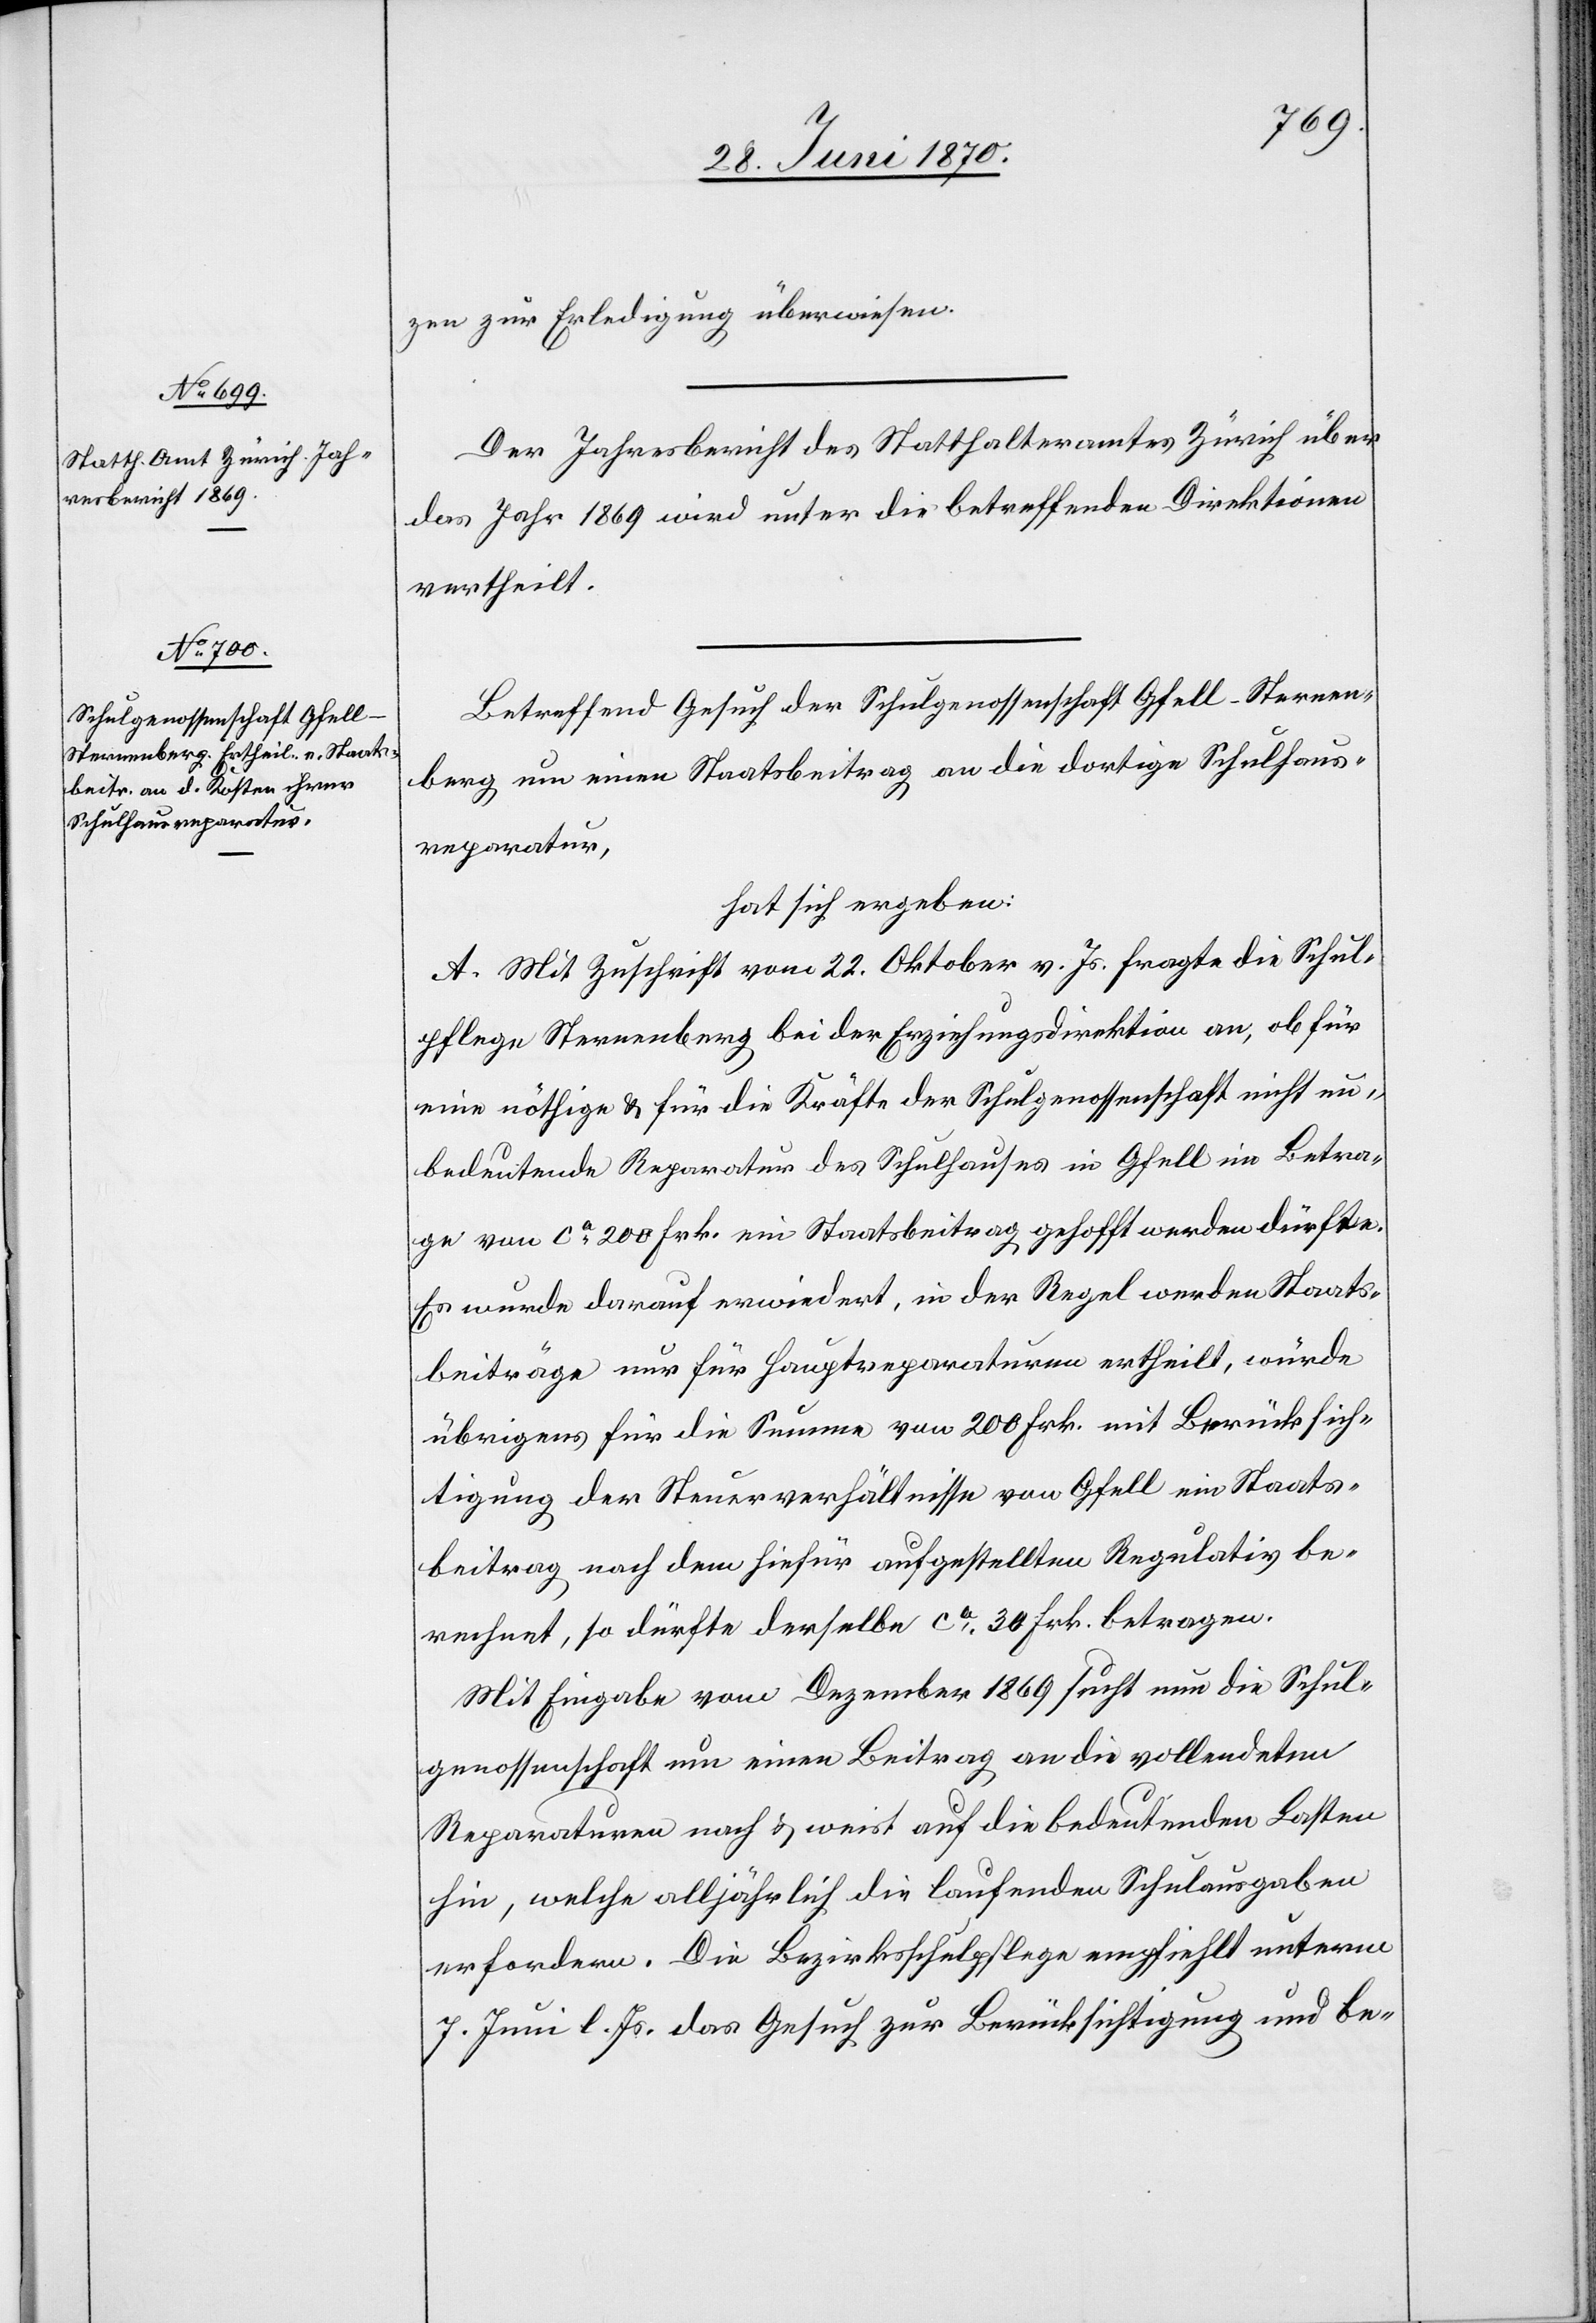
zen zur Erledigung überwiesen.
Der Jahresbericht des Statthalteramtes Zürich über
das Jahr 1869 wird unter die betreffenden Direktionen
ertheilt.
Betreffend Gesuch der Schulgenossenschaft Gfell-Sternen¬
berg um einen Staatsbeitrag an die dortige Schulhaus¬
reparatur,
hat sich ergeben:
A. Mit Zuschrift vom 22. Oktober vor. Js. fragte die Schul¬
pflege Sternenberg bei der Erziehungsdirektion an, ob für
eine nöthige & für die Kräfte der Schulgenossenschaft nicht un¬
bedeutende Reparatur des Schulhauses in Gfell im Betra¬
ge von ca 200 Frk. ein Staatsbeitrag gehofft werden dürfte
Es wurde darauf erwiedert, in der Regel werden Staats¬
beiträge nur für Hauptreparaturen ertheilt, würde
übrigens für die Summe von 200 Frk. mit Berücksich¬
tigung der Steuerverhältnisse von Gfell ein Staats¬
beitrag nach dem hiefür aufgestellten Regulativ be¬
rechnet, so dürfte derselbe ca 30 Frk. betragen.
Mit Eingabe vom Dezember 1866 sucht nun die Schul¬
genossenschaft um einen Beitrag an die vollendeten
Reparaturen nach & weist auf die bedeutenden Lasten
hin, welche alljährlich die laufenden Schulausgaben
erfordern. Die Bezirksschulfplege empfiehlt unterm
7. Juni l. Js. das Gesuch zur Berücksichtigung und be-